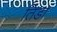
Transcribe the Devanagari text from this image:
तिडा